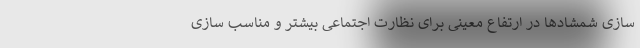
سازی شمشادها در ارتفاع معینی برای نظارت اجتماعی بیشتر و مناسب سازی